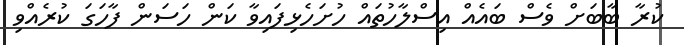
ކުރާ ބާބަށް ވެސް ބައެއް އިސްލާހުތައް ހުށަހެޅިފައިވާ ކަން ހަސަން ފާހަގަ ކުރެއްވި